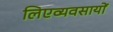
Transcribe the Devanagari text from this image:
लिएव्यवसायों